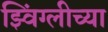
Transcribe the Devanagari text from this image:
झ्विंग्लीच्या